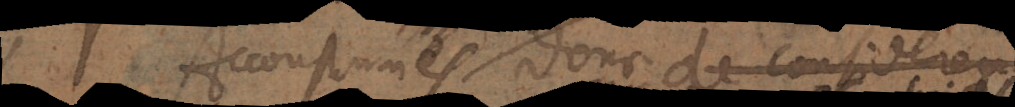
Accoustumés donc de considerer